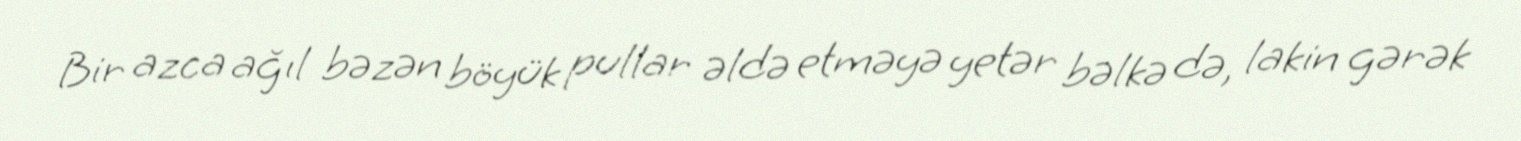
Bir azca ağıl bəzən böyük pullar əldə etməyə yetər bəlkə də, lakin gərək